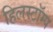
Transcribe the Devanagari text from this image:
हिलस्टॉम्प